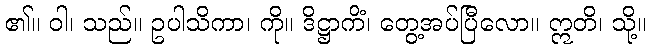
၏။ ဝါ၊ သည်။ ဥပါသိကာ၊ ကို။ ဒိဋ္ဌာကိံ၊ တွေ့အပ်ပြီလော။ ဣတိ၊ သို့။